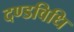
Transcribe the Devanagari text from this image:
दण्डविधि